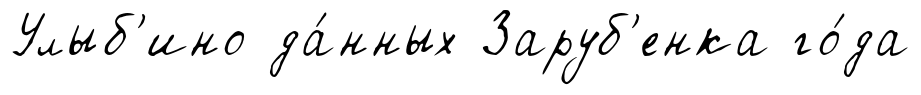
Улыб'ино да́нных Заруб'енка го́да